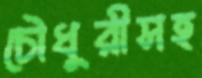
চৌধুরীসহ